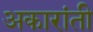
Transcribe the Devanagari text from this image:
अकारांती